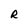
Character: R